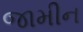
જામીન